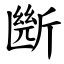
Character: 㫁